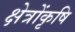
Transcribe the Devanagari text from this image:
क्षेत्रोंकृषि